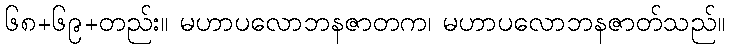
၆၈+၆၉+တည်း။ မဟာပလောဘနဇာတက၊ မဟာပလောဘနဇာတ်သည်။